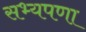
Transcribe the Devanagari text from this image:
सभ्यपणा